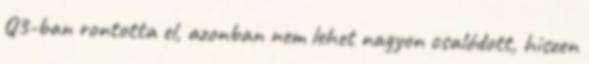
Q3-ban rontotta el, azonban nem lehet nagyon csalódott, hiszen